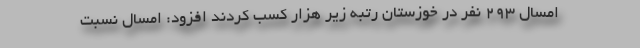
امسال ۲۹۳ نفر در خوزستان رتبه زیر هزار کسب کردند افزود: امسال نسبت